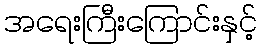
အရေးကြီးကြောင်းနှင့်